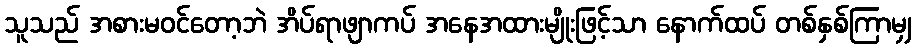
သူသည် အစားမဝင်တော့ဘဲ အိပ်ရာဖျာကပ် အနေအထားမျိုးဖြင့်သာ နောက်ထပ် တစ်နှစ်ကြာမျှ